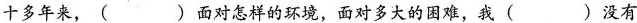
十多年来，()面对怎样的环境，面对多大的困难，我()没有